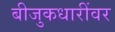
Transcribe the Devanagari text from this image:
बीजुकधारींवर